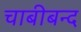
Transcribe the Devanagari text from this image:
चाबीबन्द